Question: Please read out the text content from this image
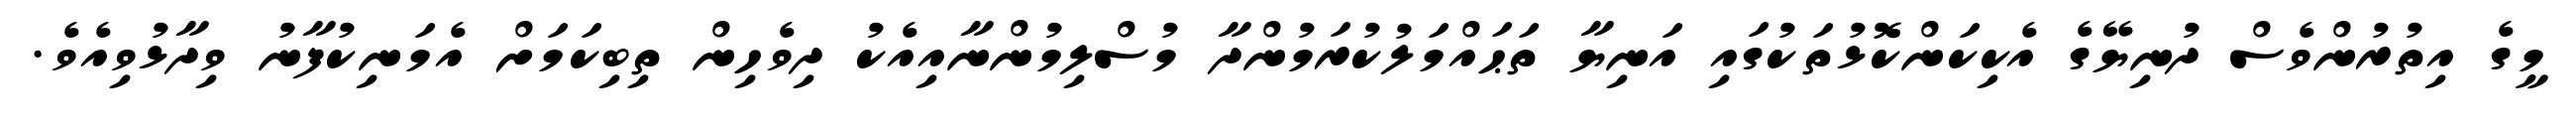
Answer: މީގެ އިތުރުންވެސް ދުނިޔޭގެ އެކިކަންކޮޅުތަކުގައި އަނިޔާ ތަޙައްމަލުކުރަމުންދާ މުސްލިމުންނާއިއެކު ދިވެހިން ތިބިކަމަށް އެމަނިކުފާނު ވިދާޅުވިއެވެ.